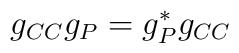
g_{CC}g_{P}=g_{P}^{*}g_{CC}